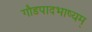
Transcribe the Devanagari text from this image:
गौडपादभाष्‍यम्